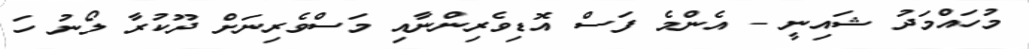
މުހައްމަދު ޝައިނީ - އެންމެ ފަސް އޮޑިވެރިންނާއި މަސްވެރިނަށް ދޫކުރާ ލޯނު ހަ